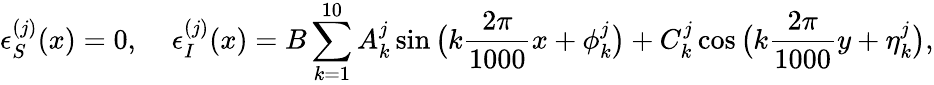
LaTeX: \epsilon_{S}^{(j)}(x)=0,\; \; \; \; \epsilon_{I}^{(j)}(x)=B\sum_{k=1}^{10}A_{k}^{j}\sin\big(k\frac{2\pi}{1000}x+\phi_{k}^{j}\big)+C_{k}^{j}\cos\big(k\frac{2\pi}{1000}y+\eta_{k}^{j}\big),